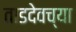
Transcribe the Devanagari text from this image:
ताडदेवच्या